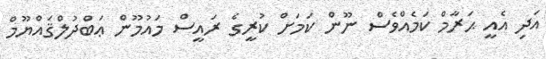
އަދި އެއީ ޙަރާމް ކަމެއްވެސް ނޫން ކަމަށް ކުރީގެ ރައީސް މައުމޫން ޢަބްދުލްޤައްޔޫމް